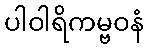
ပါဝါရိကမ္ဗဝနံ